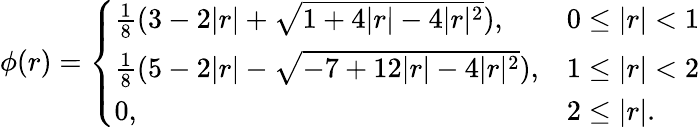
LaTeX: \phi(r)=\left\{ \begin{array}{ll}{\frac{1}{8}(3-2|r|+\sqrt{1+4|r|-4|r|^{2}}),}&{0\leq|r|<1}\\ {\frac{1}{8}(5-2|r|-\sqrt{-7+12|r|-4|r|^{2}}),}&{1\leq|r|<2}\\ {0,}&{2\leq|r|.}\end{array}\right.